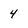
Character: 4